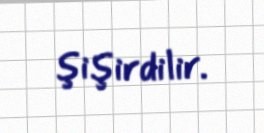
şişirdilir.